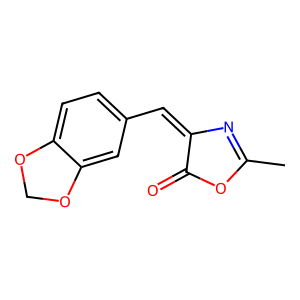
SMILES: CC1=NC(=Cc2ccc3c(c2)OCO3)C(=O)O1
Inhibits HIV replication: No